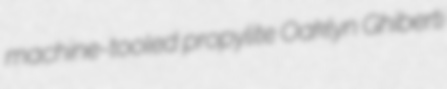
machine-tooled propylite Oaklyn Ghiberti